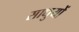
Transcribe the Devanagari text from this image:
साधुयों